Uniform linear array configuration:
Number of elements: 16
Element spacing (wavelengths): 0.5
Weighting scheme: cosine
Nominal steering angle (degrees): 45
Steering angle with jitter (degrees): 44.243
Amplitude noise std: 0.05
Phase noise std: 0.05

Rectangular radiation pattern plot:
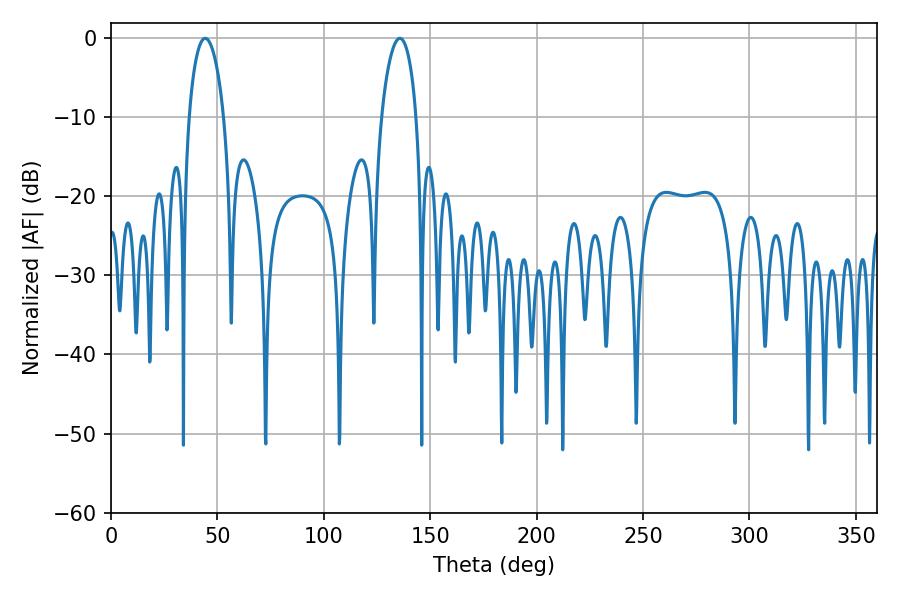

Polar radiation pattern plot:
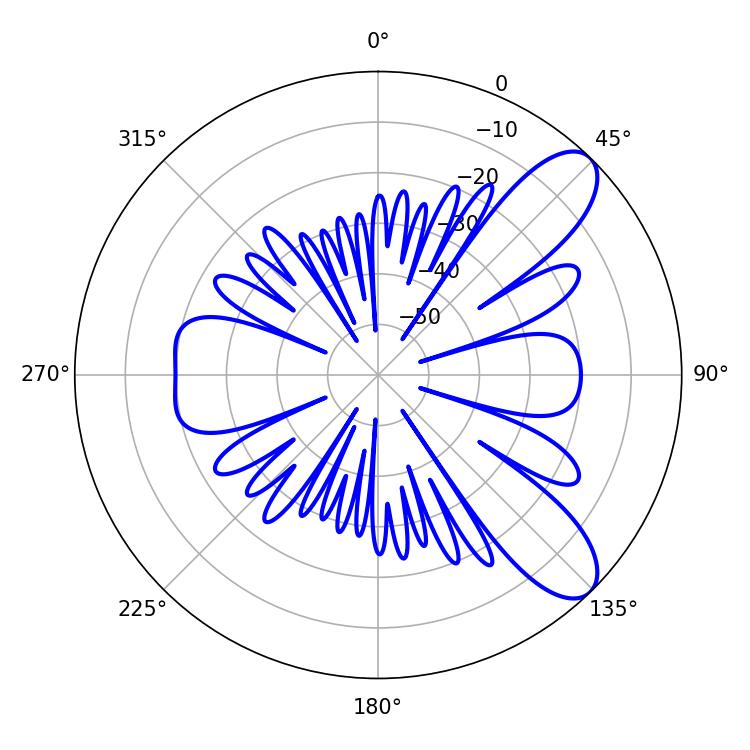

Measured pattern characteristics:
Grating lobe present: FALSE
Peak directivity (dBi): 9.16
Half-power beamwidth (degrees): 9.36
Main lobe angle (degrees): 44.28